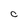
Character: c